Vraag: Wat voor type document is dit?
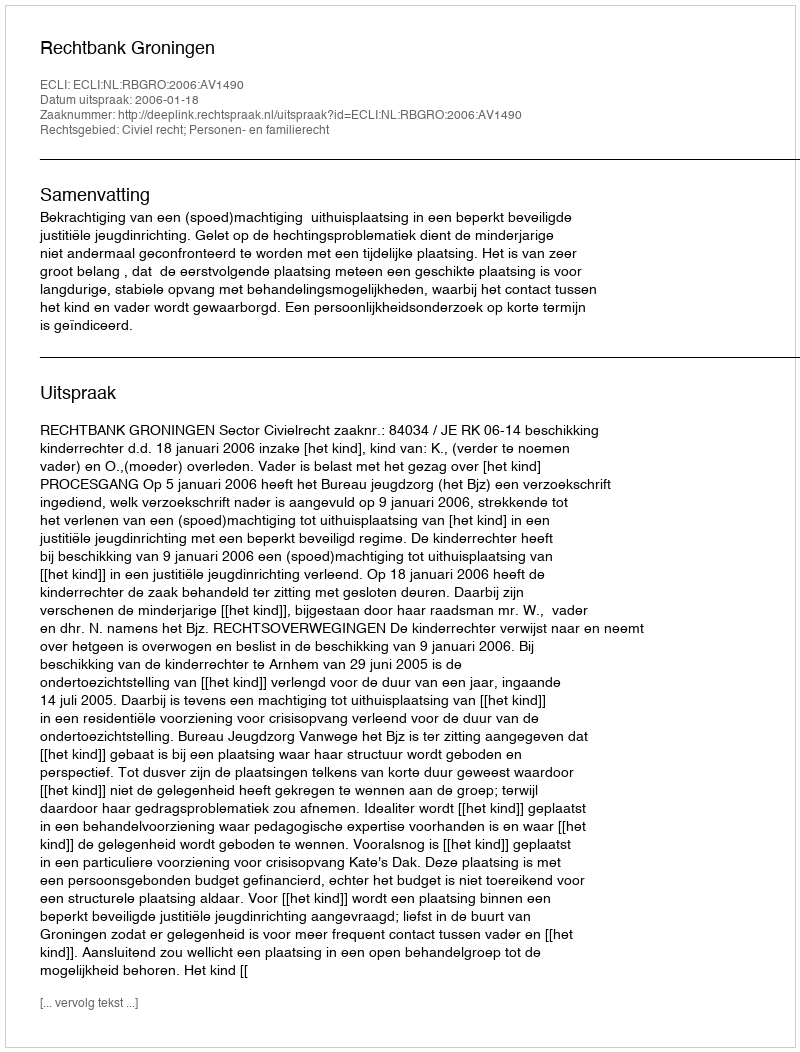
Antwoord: Uitspraak